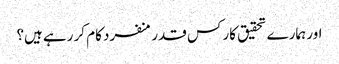
اور ہمارے تحقیق کار کس قدر منفرد کام کر رہے ہیں؟